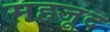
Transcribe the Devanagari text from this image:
महजूद